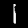
Label: 1